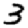
Digit: 3